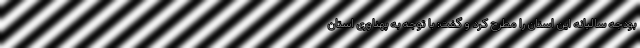
بودجه سالیانه این استان را مطرح کرد و گفت: با توجه به پهناوری استان